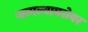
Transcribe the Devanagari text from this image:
जन्मल्याबरोबर